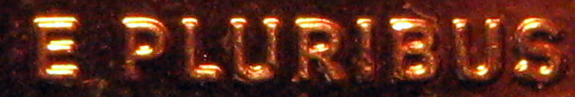
E PLURIBUS